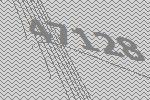
47128